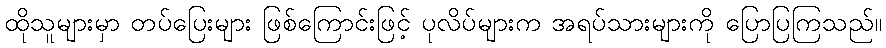
ထိုသူများမှာ တပ်ပြေးများ ဖြစ်ကြောင်းဖြင့် ပုလိပ်များက အရပ်သားများကို ပြောပြကြသည်။